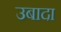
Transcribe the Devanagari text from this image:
उबादा